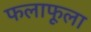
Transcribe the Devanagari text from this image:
फलाफूला